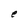
Character: e